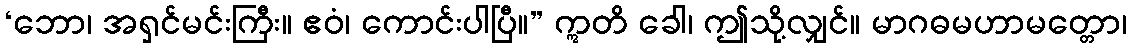
‘ဘော၊ အရှင်မင်းကြီး။ ဧဝံ၊ ကောင်းပါပြီ။” ဣတိ ခေါ၊ ဤသို့လျှင်။ မာဂဓမဟာမတ္တော၊